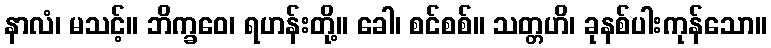
နာလံ၊ မသင့်။ ဘိက္ခဝေ၊ ရဟန်းတို့။ ခေါ၊ စင်စစ်။ သတ္တဟိ၊ ခုနစ်ပါးကုန်သော။